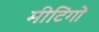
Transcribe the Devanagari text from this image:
मीटिंगों